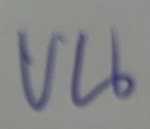
บน